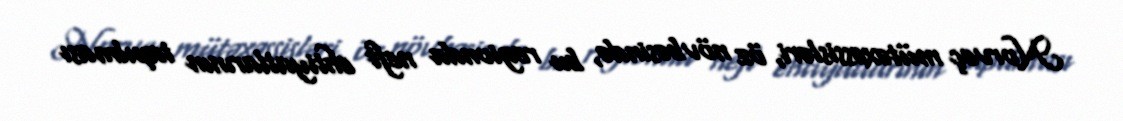
Norveç mütəxəssisləri, öz növbəsində, bu regionda neft ehtiyatlarının tapılması